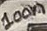
Text: 100n